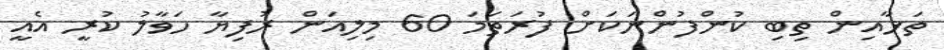
ތަޅާއިން ތިބި ކުންފުންނަކަށް ފުރަތަމަ 60 މިލިއަން ރުފިޔާ ހަވާލު ކުރީ އެއީ